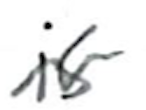
Text: is
Cross-out: wave
Writing tool: ballpoint